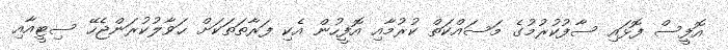
އޮފީސް ފޮޅައި ސާފުކުރުމުގެ މަސައްކަތް ކުރުމާއި އޮފީހުން އެކި ފަރާތަތަކަށް ޙަވާލުކުރަންޖެހޭ ސިޓީއާއި